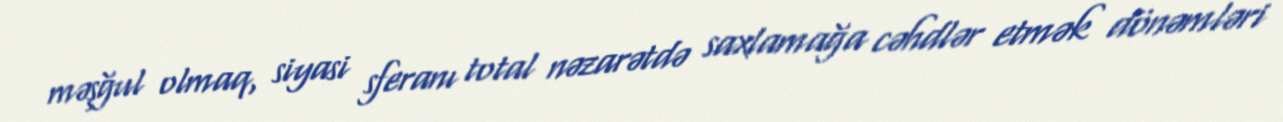
məşğul olmaq, siyasi sferanı total nəzarətdə saxlamağa cəhdlər etmək dönəmləri